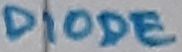
Text: DIODE